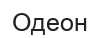
Одеон